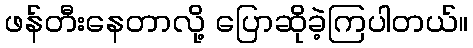
ဖန်တီးနေတာလို့ ပြောဆိုခဲ့ကြပါတယ်။